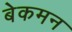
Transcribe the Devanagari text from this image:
बेकमन